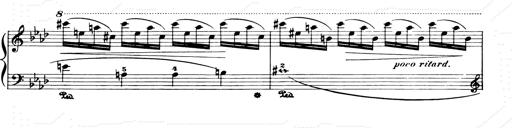
Title: Consolations and LiebestrÃ¤ume for the Piano
Composer: Franz Liszt